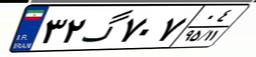
۳۲گ۷۰۷۰۴